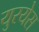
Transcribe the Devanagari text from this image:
युरयेस